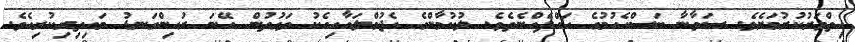
ހިތްވަރުކުރުމަށެވެ. ސަވާނާ ބަސްއެހުމުގެ ހައްދެއްނެތެވެ. ލުކުމާންގެ އެޖުމްލައާއިއެކު ވަގުތުން އޭނަ ރުއިންގަނޑު މައިތިރިކުރިއެވެ.